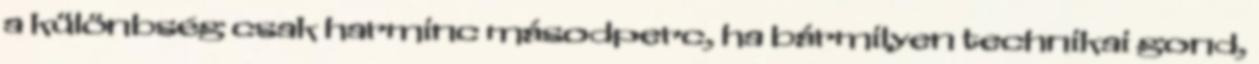
a különbség csak harminc másodperc, ha bármilyen technikai gond,